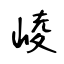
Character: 崚